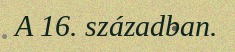
A 16. században.